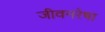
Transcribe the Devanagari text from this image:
जीवनरेषा